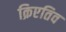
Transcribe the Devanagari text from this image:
क्रिएतिव